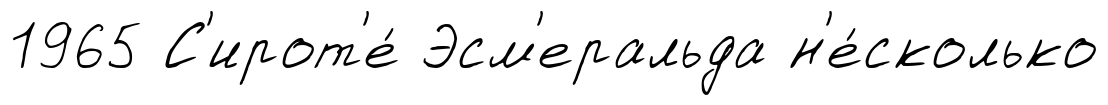
1965 С'ирот'е́ Эсм'еральда н'е́сколько